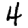
Digit: 4